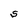
Character: S